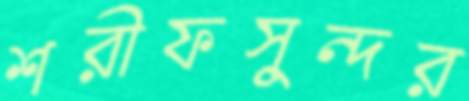
শরীফসুন্দর